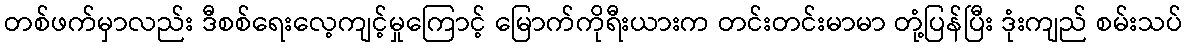
တစ်ဖက်မှာလည်း ဒီစစ်ရေးလေ့ကျင့်မှုကြောင့် မြောက်ကိုရီးယားက တင်းတင်းမာမာ တုံ့ပြန်ပြီး ဒုံးကျည် စမ်းသပ်